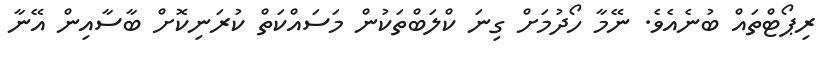
ރިޕޯޓްތައް ބުނެއެވެ. ނޭމާ ހޯދުމަށް ގިނަ ކްލަބްތަކުން މަސައްކަތް ކުރަނިކޮށް ބާސާއިން އޭނާ